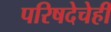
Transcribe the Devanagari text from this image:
परिषदेचेही